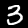
Label: 3